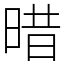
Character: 𣈏